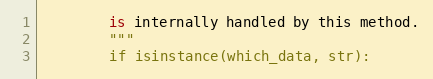
Language: Python
        is internally handled by this method.
        """
        if isinstance(which_data, str):